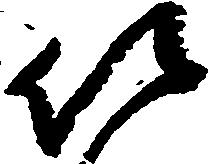
以